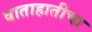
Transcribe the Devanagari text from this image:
वाताहातीचा